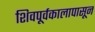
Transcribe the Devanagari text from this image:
शिवपूर्वकालापासून